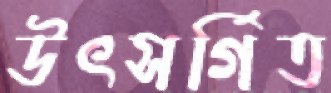
উৎসর্গিত